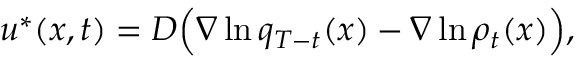
u ^ { * } ( x , t ) = D \Big ( \nabla \ln q _ { T - t } ( x ) - \nabla \ln \rho _ { t } ( x ) \Big ) ,